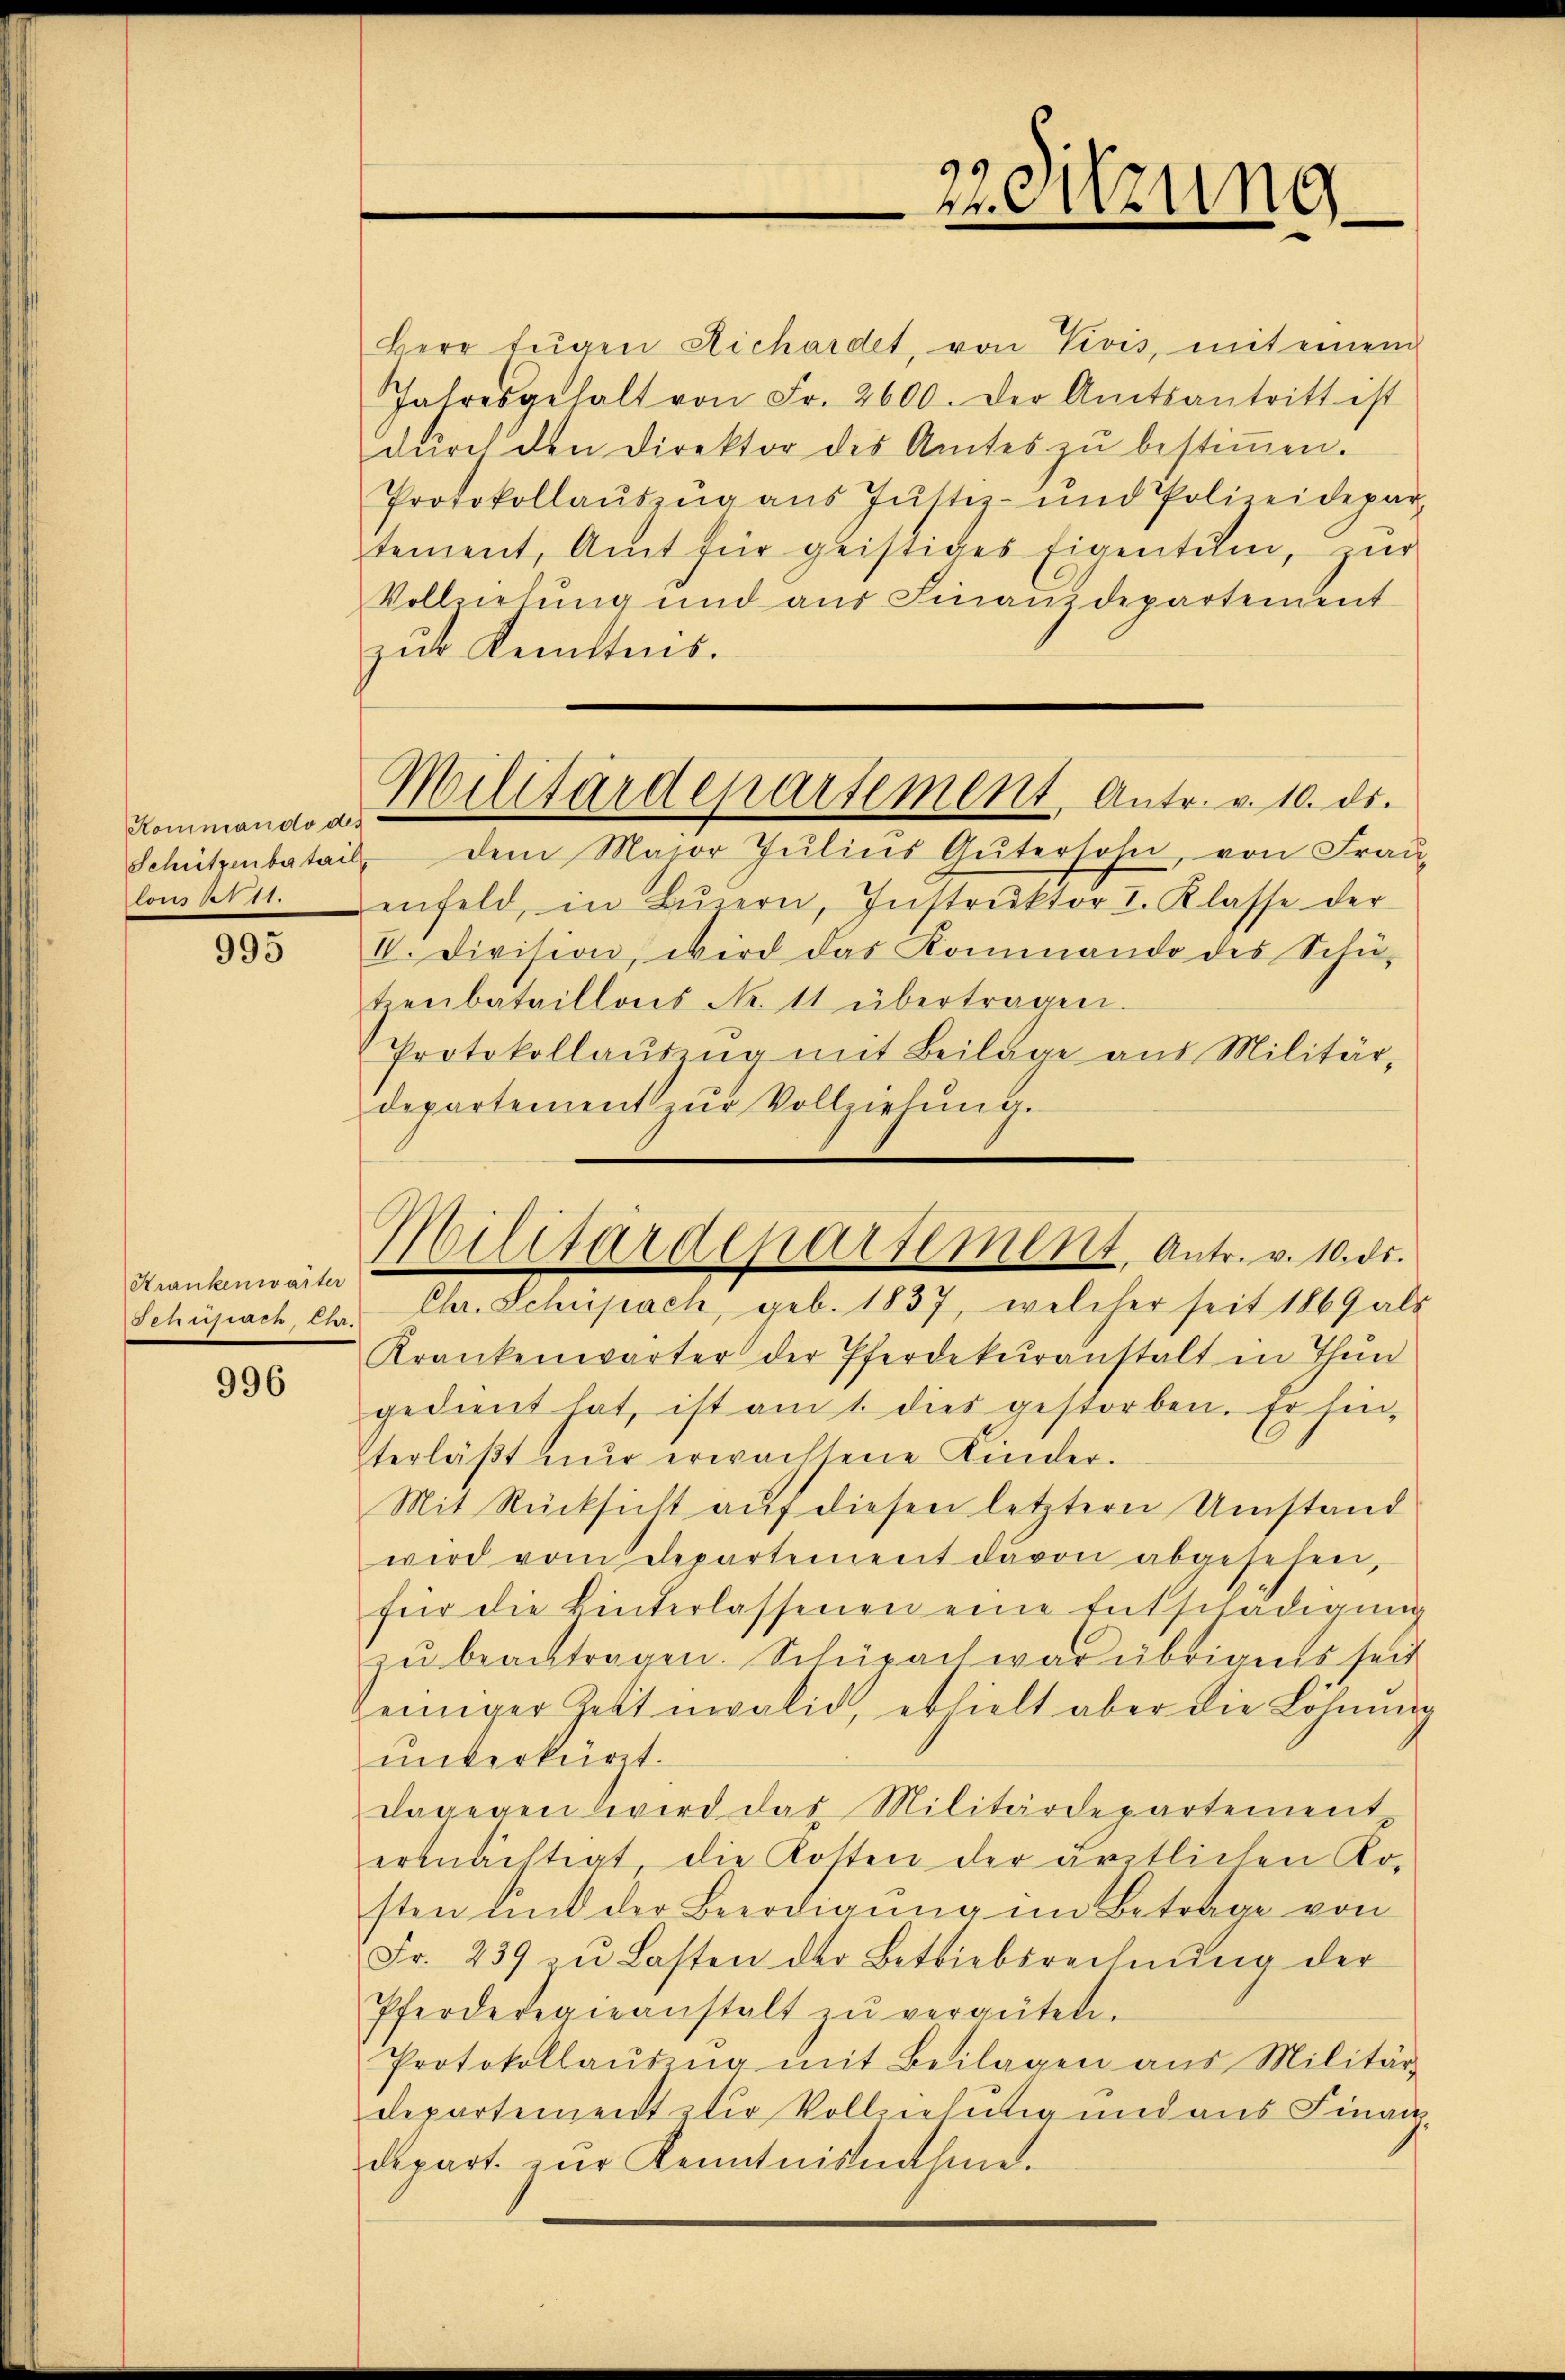
Schützenbatail

995

Krankenwarter
Schusiach, Ca¬

996

22. Sitzung

Kommando u. Militärdepartement Antr. v. 10. ds.

Militärdepartement, Antr. v. 10. ds.

Herr Eŭgen Richardet, von Vivis, mit einem
Jahresgehalt von Fr. 2600. Der Amtsantritt ist
durch den Direktor des Amtes zu bestimmen.
Protokollauszug aus Justiz- und Polizeidepartement, Amt für geistiges Eigentum, zŭr
Vollziehŭng und aŭs Finanzdepartement
zur Kenntnis.
dem Major Jŭliŭs Gütersohn, von Frau-
loms 111. Denfeld, in Lŭzern, Instrŭktor I. Klasse der
II. Division, wird das Kommando des Schü-
Heŭbataillons No. 11 übertragen.
Protokollaŭszŭg mit Beilage aus Militär-
departement zŭr Vollziehŭng.
Chr. Schüpach, geb. 1837, welcher seit 1869 als
Krankenwärter der Pferdekŭranstalt in Thun
gedient hat, ist am 1. dies gestorben. Er hin-
terläβt nŭr erwachsene Kinder.
Mit Rücksicht auf diesen letztere Umstand
wird vom Departement davon abgesehen,
für die hinterlassenen eine Entschädigŭng
zŭ beantragen. Schürach war übriges seit
einiger Zeit invalid, erhielt aber die Löhnung
unverkürzt.
dagegen wird das Militärdepartement
ertnächtigt die Kosten der dritlichen Ko-
sten link der Beerdigŭng im Betrage von
Fr. 239 zu Lasten der Betriebsrechnŭng der
Pferderegieanstalt zŭ vergüten.
Protokollausung mit Beilagen aus Militär-
departement zur Vollziehung und aus Finan
depart. zŭr Kenntnisnahme.